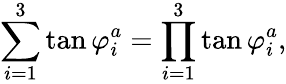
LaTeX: \sum_{i=1}^{3}\tan\varphi_{i}^{a}=\prod_{i=1}^{3}\tan\varphi_{i}^{a},